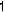
1